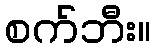
စက်ဘီး။